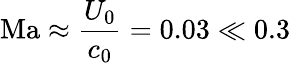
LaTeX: \mathrm{Ma}\approx\frac{U_{0}}{c_{0}}=0.03\ll 0.3